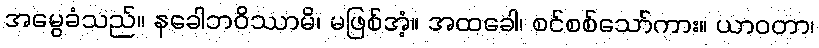
အမွေခံသည်။ နခေါဘဝိဿာမိ၊ မဖြစ်အံ့။ အထခေါ၊ စင်စစ်သော်ကား။ ယာဝတာ၊